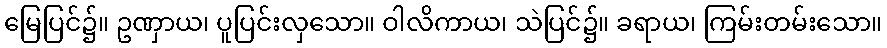
မြေပြင်၌။ ဥဏှာယ၊ ပူပြင်းလှသော။ ဝါလိကာယ၊ သဲပြင်၌။ ခရာယ၊ ကြမ်းတမ်းသော။